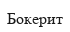
Бокерит